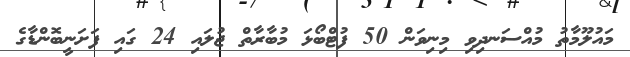
މައުލޫމާތު މުއްސަނދިވި މިނިވަން 50 ފުޓްބޯޅަ މުބާރާތް ޖުލައި 24 ގައި ފަށަނީބޮންޑާގެ